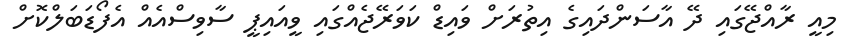
މިއީ ރާއްޖޭގައި ދޭ އާސަންދައިގެ އިތުރަށް ވައިޑް ކަވަރޭޖެއްގައި ވީއައިޕީ ސާވިސްއެއް އެފޯޑަބަލްކޮށް